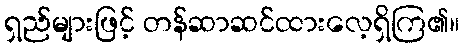
ရှည်များဖြင့် တန်ဆာဆင်ထားလေ့ရှိကြ၏။